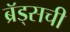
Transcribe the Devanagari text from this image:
ब्रॅड्सची